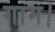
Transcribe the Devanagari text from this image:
गाम।